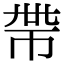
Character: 𢂸